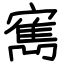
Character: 寯